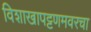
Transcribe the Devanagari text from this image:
विशाखापट्टणमवरचा